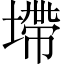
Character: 墆